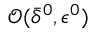
{ \mathcal O } ( \bar { \delta } ^ { 0 } , { \epsilon } ^ { 0 } )